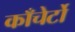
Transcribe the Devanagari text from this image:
काँचेर्टो